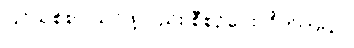
ပြင်သစ်စာ သင်ဖို့လည်း စီစဉ်ပေးလိုက်တယ်။